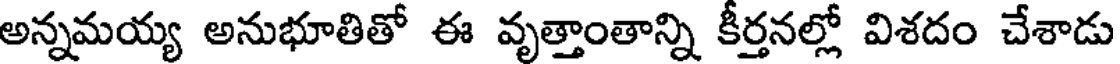
అన్నమయ్య అనుభూతితో ఈ వృత్తాంతాన్ని కీర్తనల్లో విశదం చేశాడు